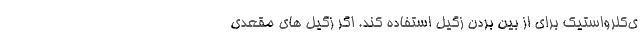
ی‌کلرواستیک برای از بین بردن زگیل استفاده کند. اگر زگیل های مقعدی